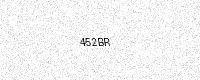
Text: 452BR